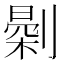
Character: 𠟘